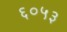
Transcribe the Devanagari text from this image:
६०५३